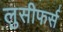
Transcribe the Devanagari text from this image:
लुसीफर्स